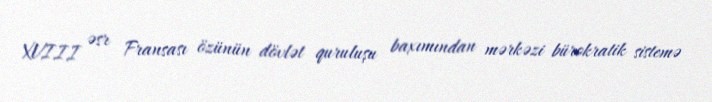
XVIII əsr Fransası özünün dövlət quruluşu baxımından mərkəzi bürokratik sistemə